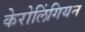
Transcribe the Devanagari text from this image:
केरोलिंगियन